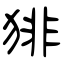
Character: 猅